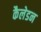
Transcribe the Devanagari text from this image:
कैलेडन